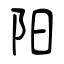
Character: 阳